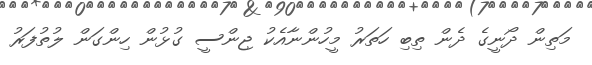
މަތިން ދޯނީގެ ދެން ތިބި ހަތަރު މީހުންނާއެކު ޖިންސީ ގުޅުން ހިންގަން ލުތުފަރު